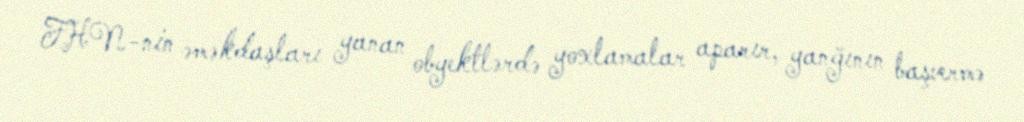
FHN-nin əməkdaşları yanan obyektlərdə yoxlamalar aparır, yanğının başvermə